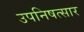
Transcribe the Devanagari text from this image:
उपनिषत्सार